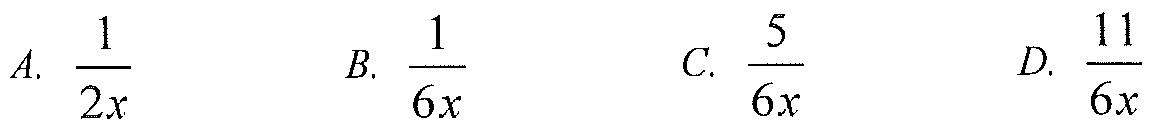
A. \(\frac{1}{2x}\)  B. \(\frac{1}{6x}\)  C. \(\frac{5}{6x}\)  D. \(\frac{11}{6x}\)